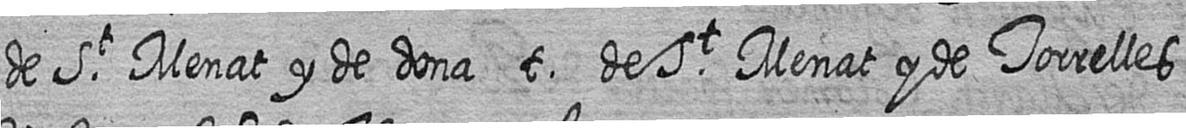
de St Menat y de dona t de St Menat y de Torrelles